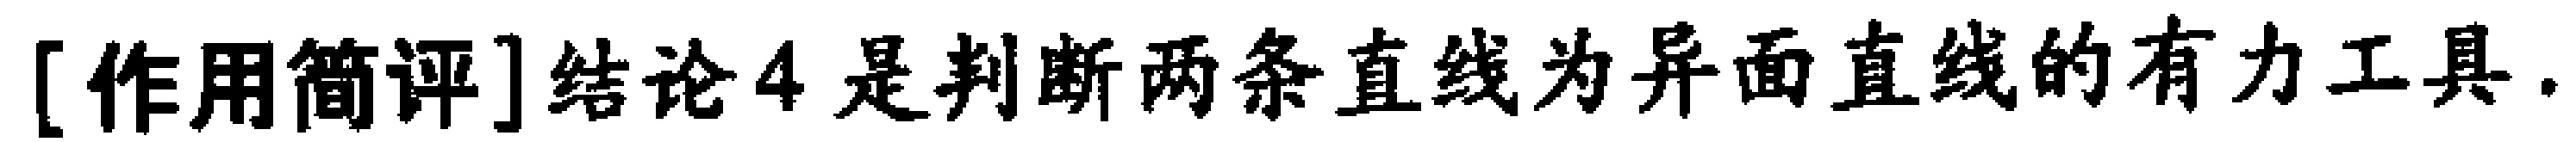
[作用简评]结论4是判断两条直线为异面直线的有力工具.